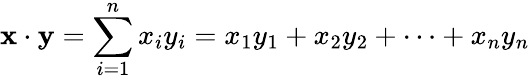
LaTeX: \mathbf{x}\cdot\mathbf{y}=\sum_{i=1}^{n}x_{i}y_{i}=x_{1}y_{1}+x_{2}y_{2}+\cdots+x_{n}y_{n}